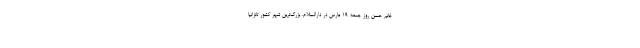
خانم حسن روز جمعه ۱۹ مارس در دارالسلام، بزرگ‌ترین شهر کشور تانزانیا